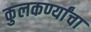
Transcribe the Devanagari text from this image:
कुलकर्ण्यांचा